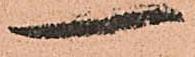
一